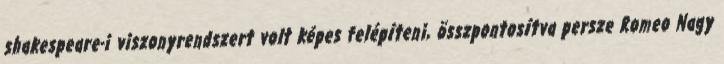
shakespeare-i viszonyrendszert volt képes felépíteni, összpontosítva persze Romeo Nagy